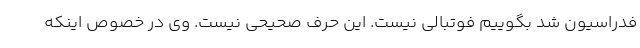
فدراسیون شد بگوییم فوتبالی نیست. این حرف صحیحی نیست. وی در خصوص اینکه